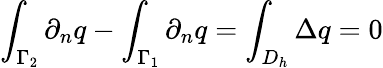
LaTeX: \int_{\Gamma_{2}}\partial_{n}q-\int_{\Gamma_{1}}\partial_{n}q=\int_{D_{h}}\Delta q=0